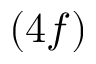
( 4 f )